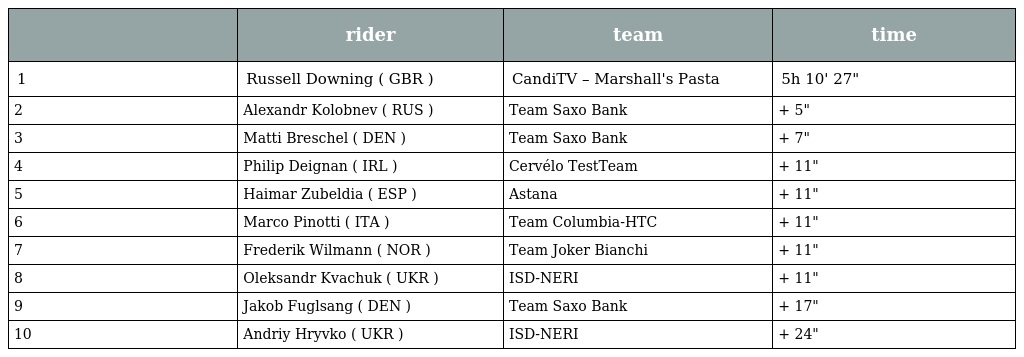
|  | rider | team | time |
 | --- | --- | --- | --- |
 | 1 | Russell Downing ( GBR ) | CandiTV – Marshall's Pasta | 5h 10' 27" |
 | 2 | Alexandr Kolobnev ( RUS ) | Team Saxo Bank | + 5" |
 | 3 | Matti Breschel ( DEN ) | Team Saxo Bank | + 7" |
 | 4 | Philip Deignan ( IRL ) | Cervélo TestTeam | + 11" |
 | 5 | Haimar Zubeldia ( ESP ) | Astana | + 11" |
 | 6 | Marco Pinotti ( ITA ) | Team Columbia-HTC | + 11" |
 | 7 | Frederik Wilmann ( NOR ) | Team Joker Bianchi | + 11" |
 | 8 | Oleksandr Kvachuk ( UKR ) | ISD-NERI | + 11" |
 | 9 | Jakob Fuglsang ( DEN ) | Team Saxo Bank | + 17" |
 | 10 | Andriy Hryvko ( UKR ) | ISD-NERI | + 24" |